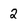
Character: 2